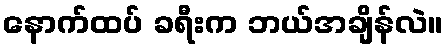
နောက်ထပ် ခရီးက ဘယ်အချိန်လဲ။